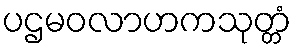
ပဌမဝလာဟကသုတ္တံ